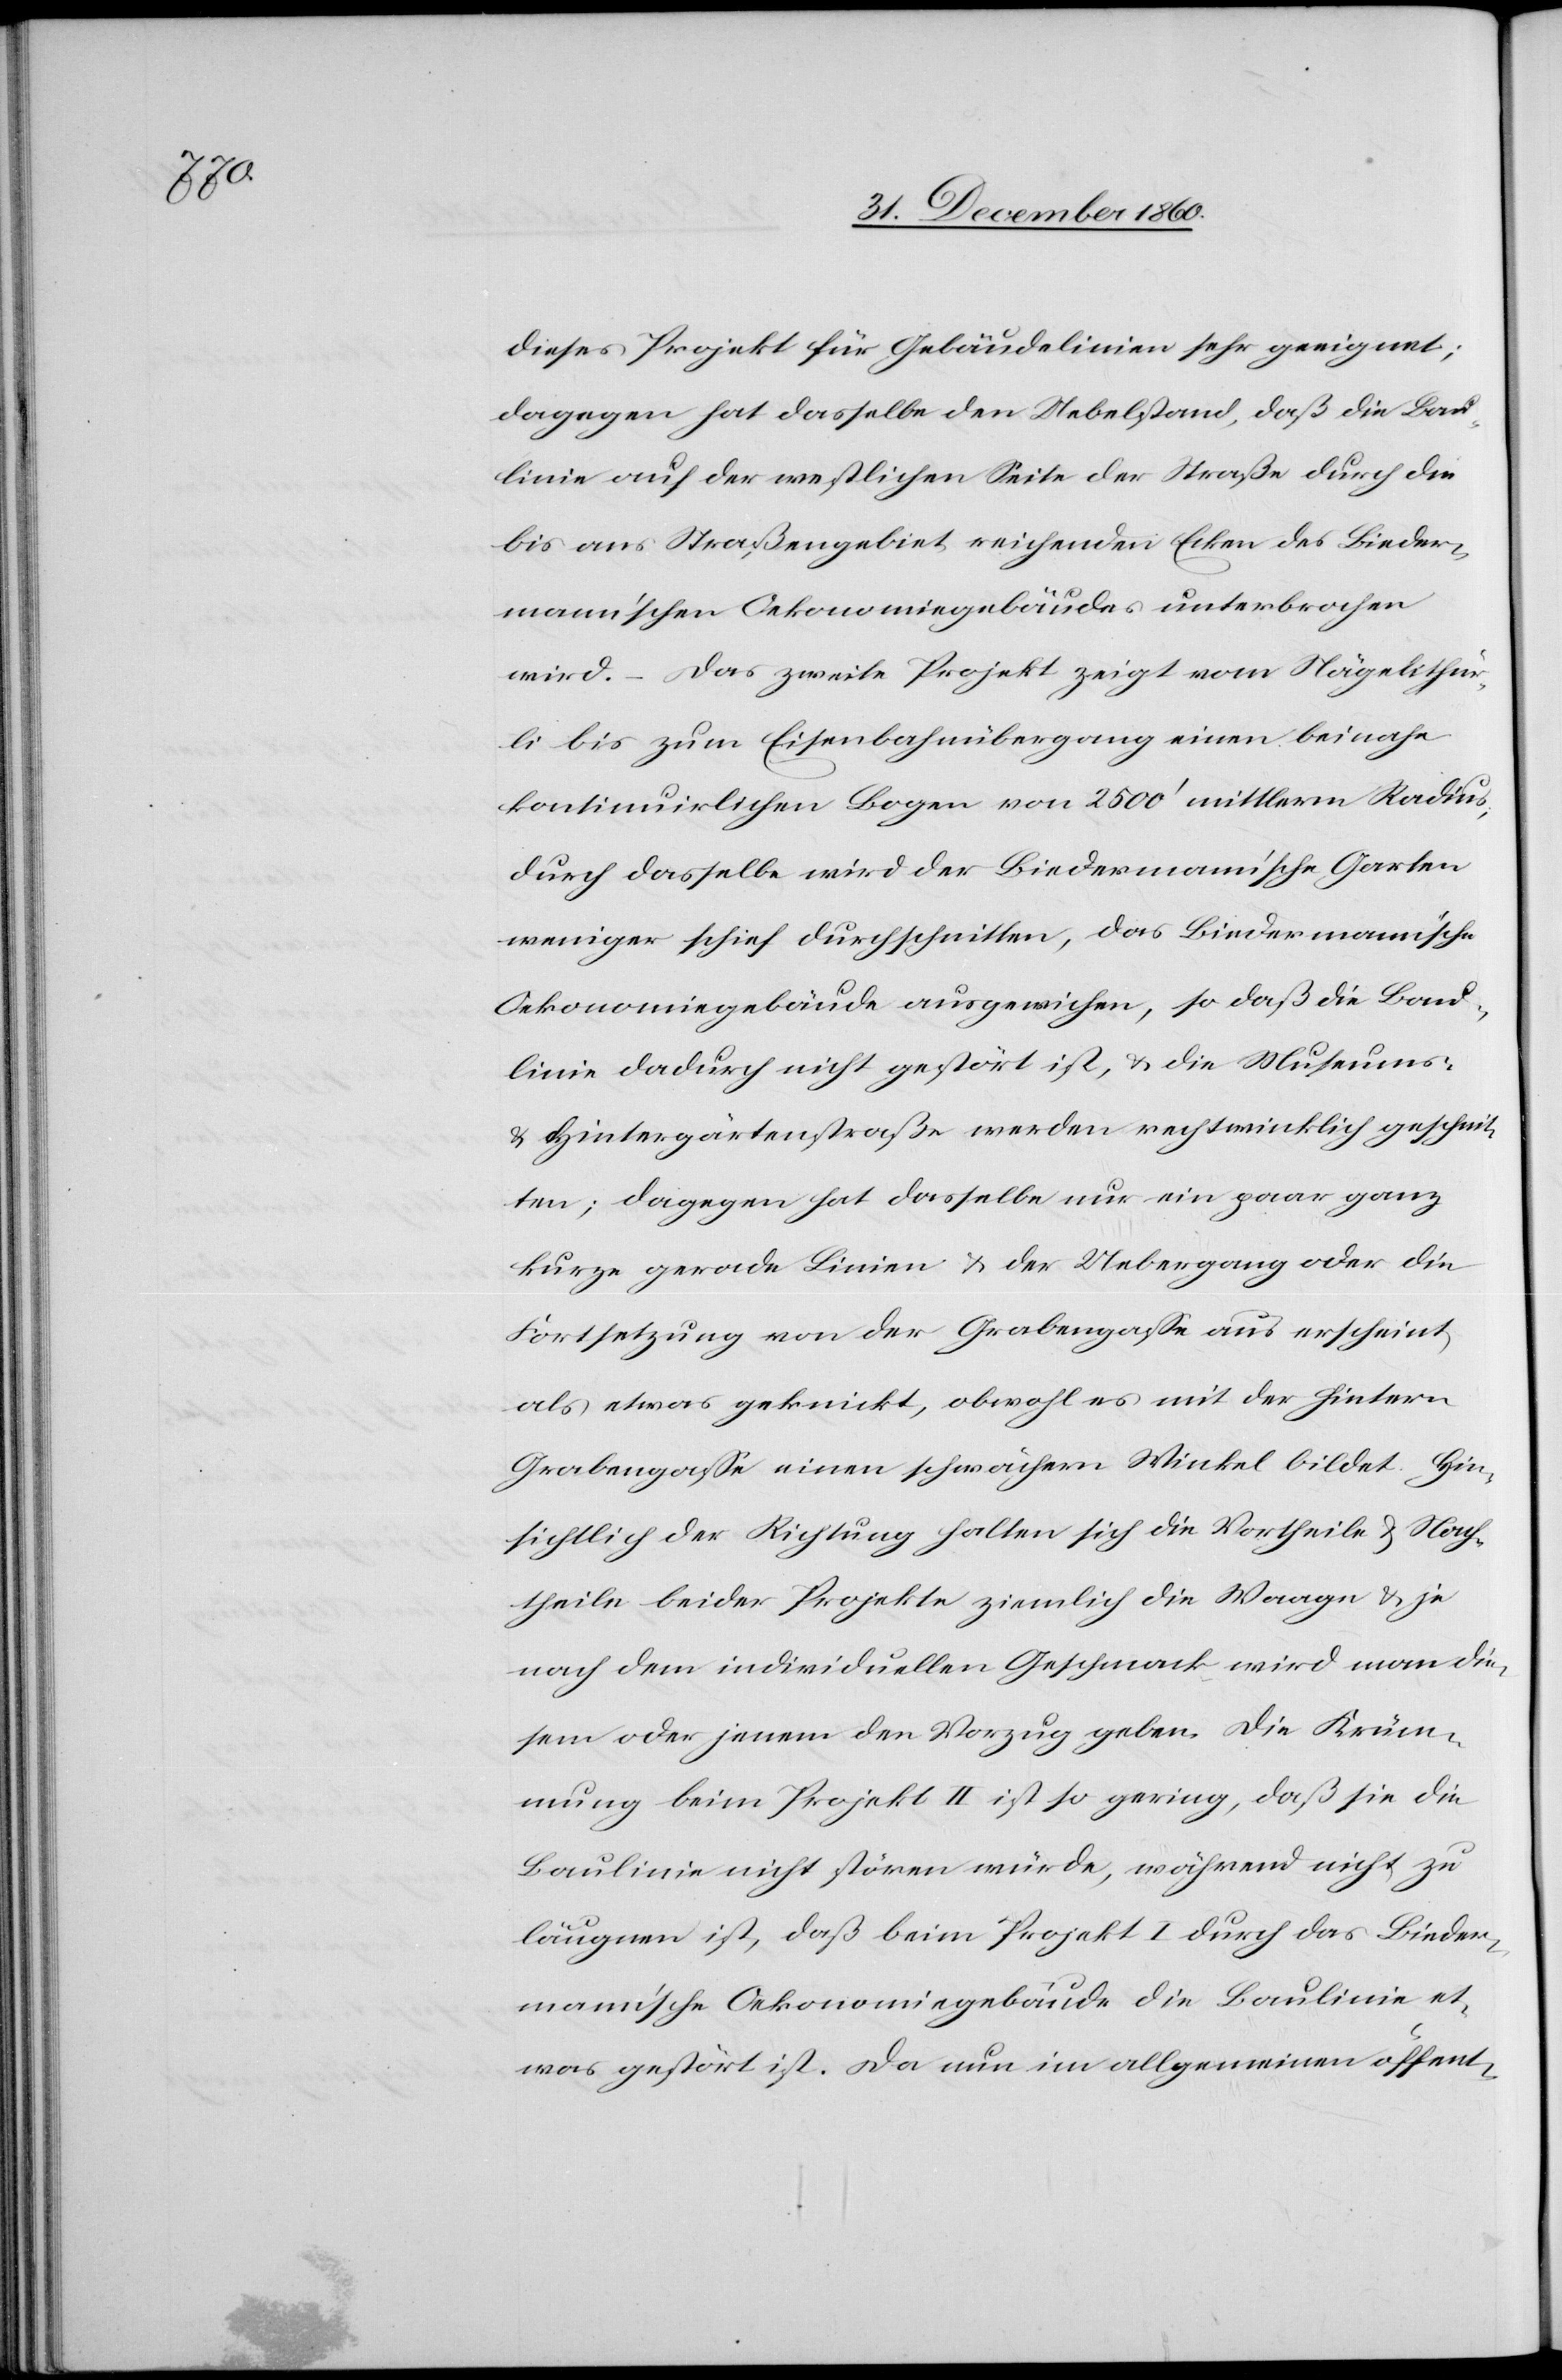
dieses Projekt für Gebäudelinien sehr geeignet;
dagegen hat dasselbe den Uebelstand, daß die Bau¬
linie auf der westlichen Seite der Straße durch die
bis ans Straßengebiet reichenden Ecken des Bieder¬
mann’schen Oekonomiegebäudes unterbrochen
wird. – Das zweite Projekt zeigt vom Nägelithür¬
li bis zum Eisenbahnübergang einen beinahe
kontinuirlichen Bogen von 2500’ mittlerm Radius,
durch dasselbe wird der Biedermann’sche Garten
weniger schief durchschnitten, das Biedermann’sche
Oekonomiegebäude ausgewichen, so daß die Bau¬
linie dadurch nicht gestört ist, u. die Museums-
u. Hintergärntenstraße werden rechtwinklich geschnit¬
ten; dagegen hat dasselbe nur ein paar ganz
kurze gerade Linien u. der Uebergang oder die
Fortsetzung von der Grabengasse aus erscheint,
als etwas geknickt, obwohl es mit der Hintern
Grabengasse einen schwächern Winkel bildet. Hin¬
sichtlich der Richtung halten sich die Vortheile u. Nach¬
theile beider Projekte ziemlich die Waage u. je
nach dem individuellen Geschmack wird man die¬
sem oder jenem den Vorzug geben. Die Krüm¬
mung beim Projekt II ist so gering, daß sie die
Baulinie nicht stören würde, während nicht zu
läugnen ist, daß beim Projekt I durch das Bieder¬
mann’sche Oekonomiegebäude die Baulinie et¬
was gestört ist. Da nun im allgemeinen öffent-